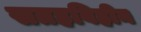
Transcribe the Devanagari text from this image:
सतहविहीन